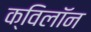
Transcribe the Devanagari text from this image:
क्विलॉन